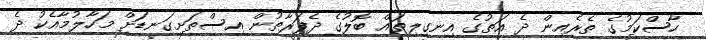
ހާސްކަމުގެ ތެރެއިން ދެ އަތުގެ އިނގިލިތައް ބޮލުގެ ދެފަރާތުން އިސްތަށިގަނޑަށް މަހާލުމާއެކު ދެ